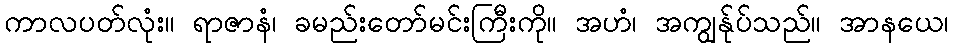
ကာလပတ်လုံး။ ရာဇာနံ၊ ခမည်းတော်မင်းကြီးကို။ အဟံ၊ အကျွန်ုပ်သည်။ အာနယေ၊